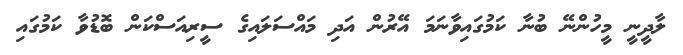
ލާދީނީ މީހުންނޭ ބުނާ ކަމުގައިވާނަމަ އޭރުން އަދި މައްސަލައިގެ ސީރިއަސްކަން ބޮޑުވާ ކަމުގައި